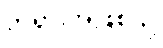
ဘုရားအဖြစ်သို့